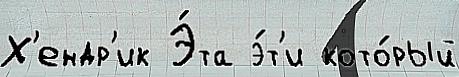
Х'ендр'ик Э́та э́т'и кото́рый